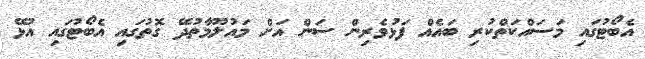
އެބޯޓުގައި މަސައްކަތްކުރި ބައެއް ފަޅުވެރިން ސަން އަށް މައުލޫމާތުދޭ ގޮތުގައި އެބޯޓުގައި އުޅޭ